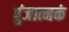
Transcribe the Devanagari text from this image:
पुंजात्मकं